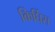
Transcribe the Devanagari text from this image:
किर्घिस